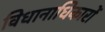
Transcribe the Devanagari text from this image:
विधानाधिकारों